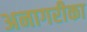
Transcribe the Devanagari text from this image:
अनागरीका